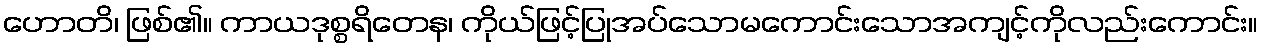
ဟောတိ၊ ဖြစ်၏။ ကာယဒုစ္စရိတေန၊ ကိုယ်ဖြင့်ပြုအပ်သောမကောင်းသောအကျင့်ကိုလည်းကောင်း။